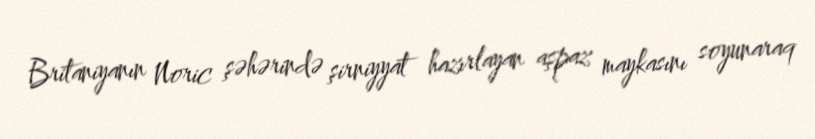
Britaniyanın Noric şəhərində şirniyyat hazırlayan aşpaz maykasını soyunaraq